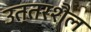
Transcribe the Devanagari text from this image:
उत्तरशैल